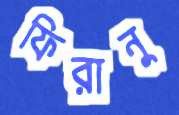
ফিরানু